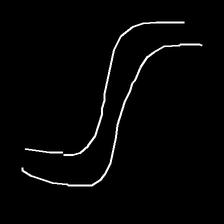
Glyph: float